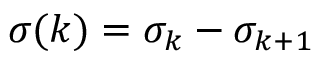
\sigma ( k ) = \sigma _ { k } - \sigma _ { k + 1 }